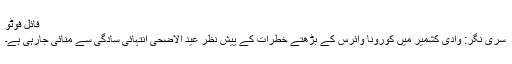
فائل فوٹو
سری نگر: وادی کشمیر میں کورونا وائرس کے بڑھتے خطرات کے پیش نظر عید الاضحیٰ انتہائی سادگی سے منائی جارہی ہے۔